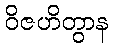
ဝိဇဟိတွာန